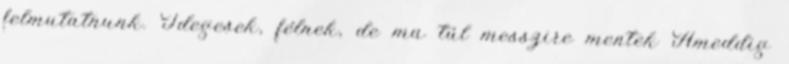
felmutatnunk. Idegesek, félnek, de ma túl messzire mentek Ameddig